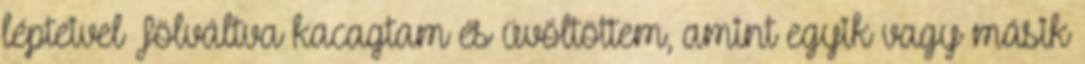
lépteivel Fölváltva kacagtam és üvöltöttem, amint egyik vagy másik